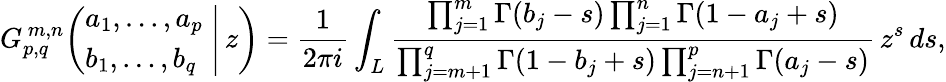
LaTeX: G_{p,q}^{\, m,n}\! \left(\left.{\begin{array}{l}{a_{1},\dots,a_{p}}\\ {b_{1},\dots,b_{q}}\end{array}}\; \right|\, z\right)={\frac{1}{2\pi i}}\int_{L}{\frac{\prod_{j=1}^{m}\Gamma(b_{j}-s)\prod_{j=1}^{n}\Gamma(1-a_{j}+s)}{\prod_{j=m+1}^{q}\Gamma(1-b_{j}+s)\prod_{j=n+1}^{p}\Gamma(a_{j}-s)}}\, z^{s}\, ds,